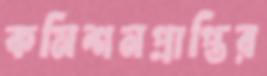
কমিশনপ্রাপ্তির